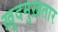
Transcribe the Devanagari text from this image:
ख़ुदमुख़तार